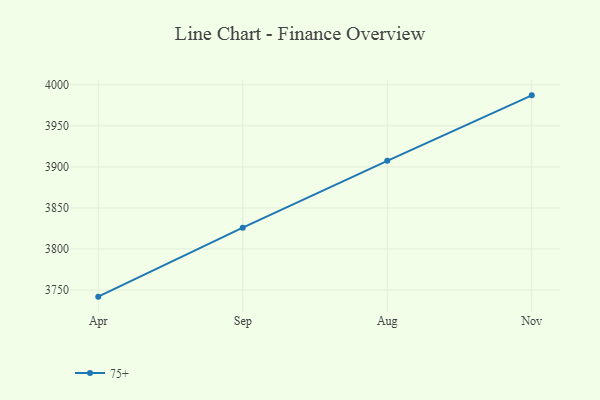
{"axis": {"x": "Month", "y": "Page Views"}, "legend": ["75+"], "data": [{"x": "Apr", "y": 3742.0, "type": "75+"}, {"x": "Sep", "y": 3826.0, "type": "75+"}, {"x": "Aug", "y": 3907.4, "type": "75+"}, {"x": "Nov", "y": 3987.1, "type": "75+"}]}